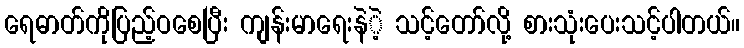
ရေဓာတ်ကိုပြည့်ဝစေပြီး ကျန်းမာရေးနဲဲ့ သင့်တော်လို့ စားသုံးပေးသင့်ပါတယ်။